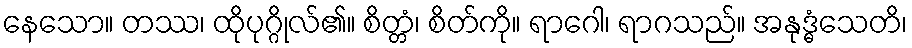
နေသော။ တဿ၊ ထိုပုဂ္ဂိုလ်၏။ စိတ္တံ၊ စိတ်ကို။ ရာဂေါ၊ ရာဂသည်။ အနုဒ္ဓံသေတိ၊